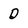
Character: d